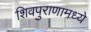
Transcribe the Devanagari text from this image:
शिवपुराणामध्ये